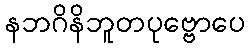
နဘဂိနိဘူတပုဗ္ဗောပေ